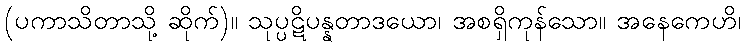
(ပကာသိတာသို့ ဆိုက်)။ သုပ္ပဋိပန္နတာဒယော၊ အစရှိကုန်သော။ အနေကေဟိ၊